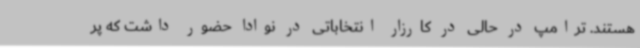
هستند. ترامپ در حالی در کارزار انتخاباتی در نوادا حضور داشت که پر